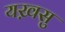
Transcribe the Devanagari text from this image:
यख़सु